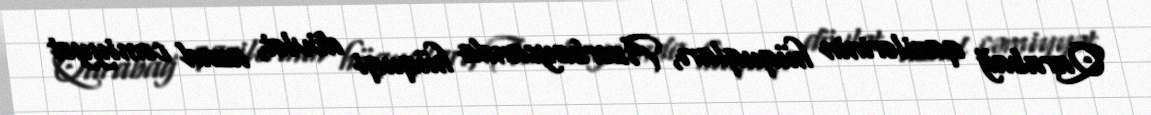
Qarabağ qazilərinin hüquqları, Azərbaycanda hüquqi dövlət, azad cəmiyyət